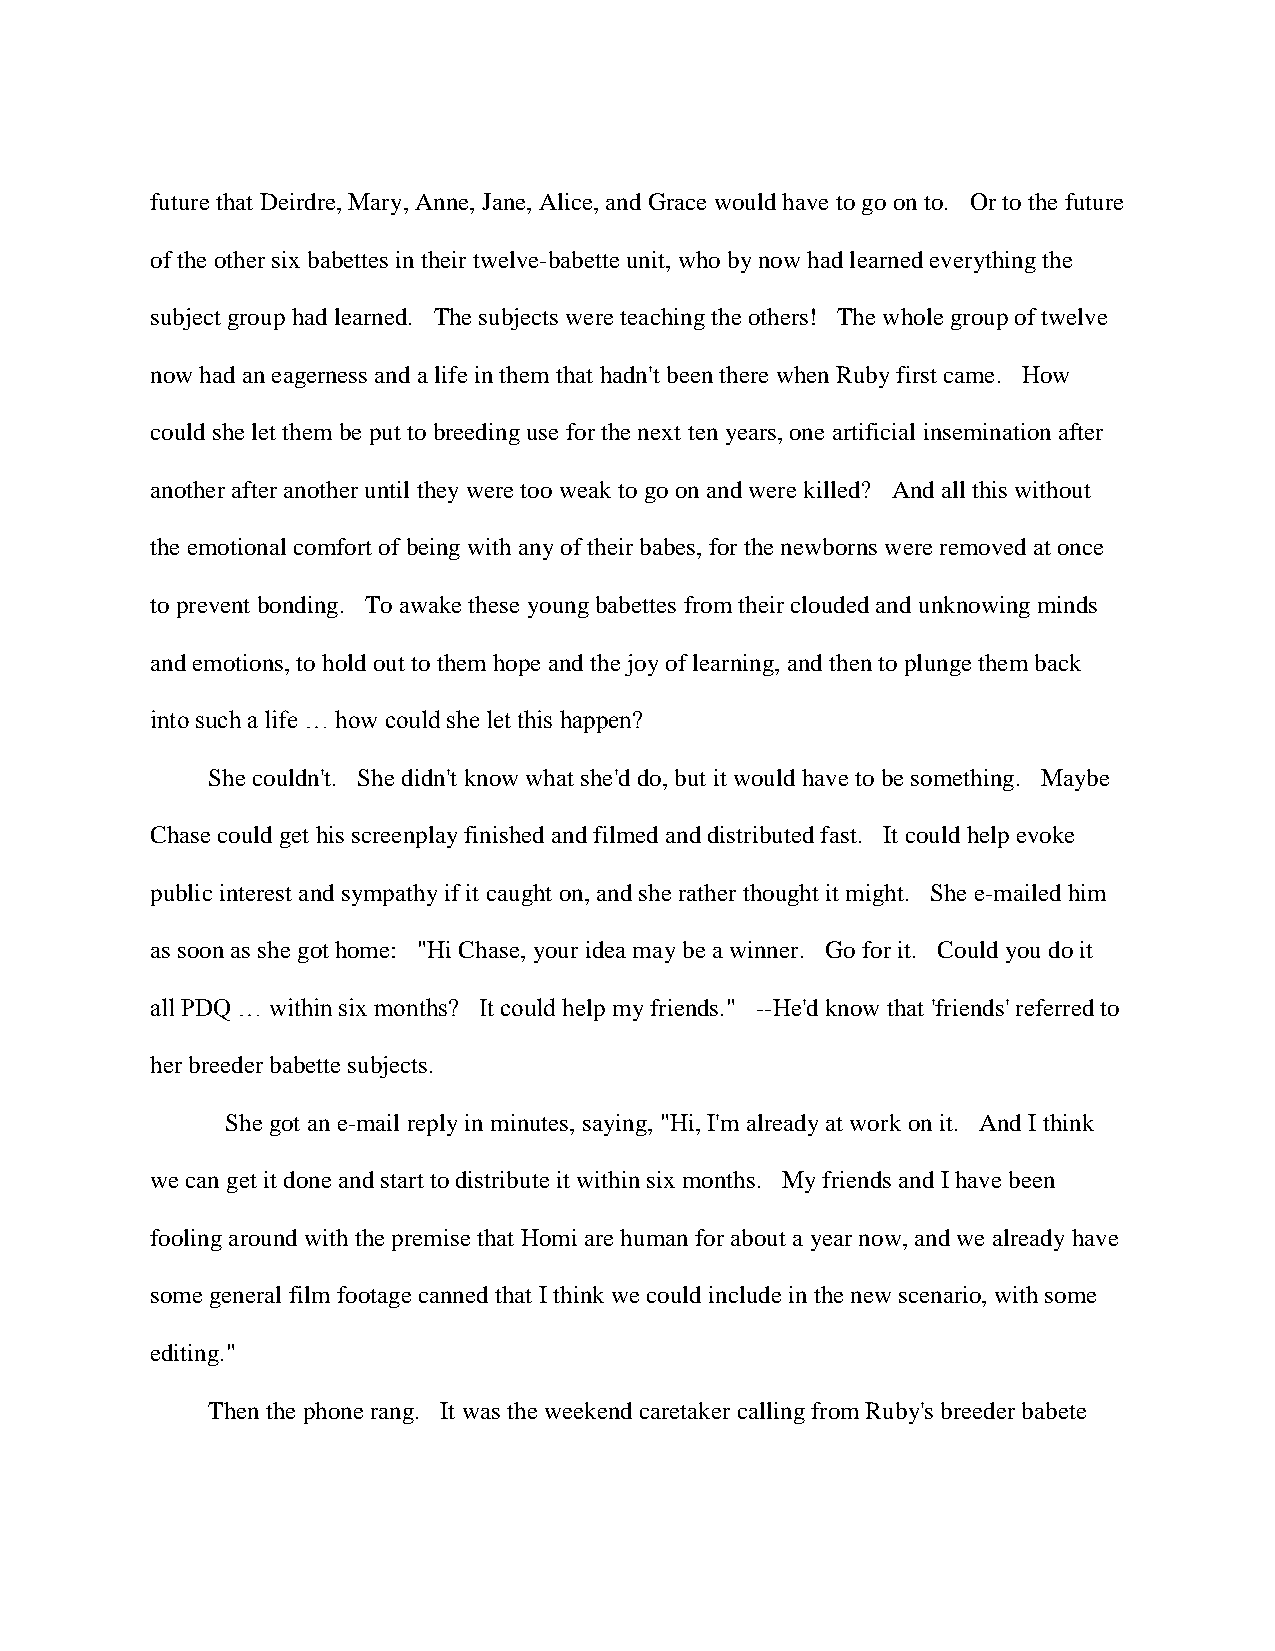
future that Deirdre, Mary, Anne, Jane, Alice, and Grace would have to go on to. Or to the future
 of the other six babettes in their twelve-babette unit, who by now had learned everything the
 subject group had learned. The subjects were teaching the others! The whole group of twelve
 now had an eagerness and a life in them that hadn't been there when Ruby first came. How
 could she let them be put to breeding use for the next ten years, one artificial insemination after
 another after another until they were too weak to go on and were killed? And all this without
 the emotional comfort of being with any of their babes, for the newborns were removed at once
 to prevent bonding. To awake these young babettes from their clouded and unknowing minds
 and emotions, to hold out to them hope and the joy of learning, and then to plunge them back
 into such a life … how could she let this happen?
 She couldn't. She didn't know what she'd do, but it would have to be something. Maybe
 Chase could get his screenplay finished and filmed and distributed fast. It could help evoke
 public interest and sympathy if it caught on, and she rather thought it might. She e-mailed him
 as soon as she got home: "Hi Chase, your idea may be a winner. Go for it. Could you do it
 all PDQ … within six months? It could help my friends." --He'd know that 'friends' referred to
 her breeder babette subjects.
 She got an e-mail reply in minutes, saying, "Hi, I'm already at work on it. And I think
 we can get it done and start to distribute it within six months. My friends and I have been
 fooling around with the premise that Homi are human for about a year now, and we already have
 some general film footage canned that I think we could include in the new scenario, with some
 editing."
 Then the phone rang. It was the weekend caretaker calling from Ruby's breeder babete